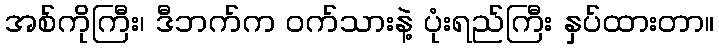
အစ်ကိုကြီး၊ ဒီဘက်က ဝက်သားနဲ့ ပုံးရည်ကြီး နှပ်ထားတာ။